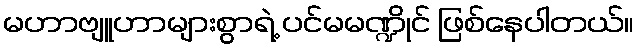
မဟာဗျူဟာများစွာရဲ့ ပင်မမဏ္ဍိုင် ဖြစ်နေပါတယ်။